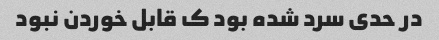
در حدی سرد شده بود ک قابل خوردن نبود